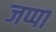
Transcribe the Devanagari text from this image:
जप्पा